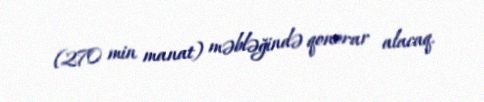
(270 min manat) məbləğində qonorar alacaq.